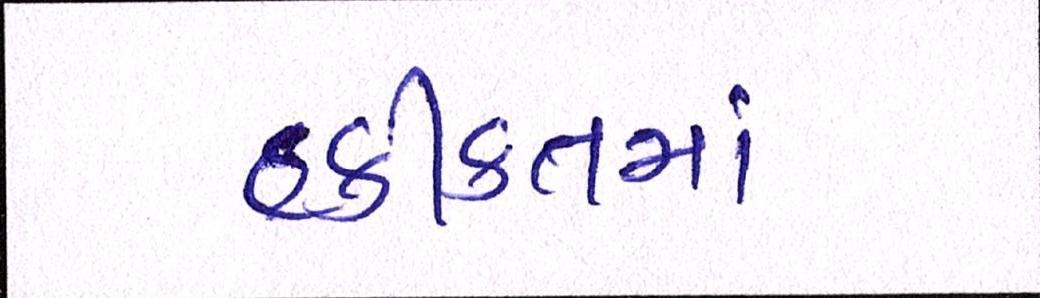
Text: હકીકતમાં